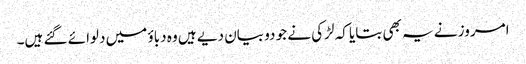
امروز نے یہ بھی بتایا کہ لڑکی نے جو دو بیان دیے ہیں وہ دباؤ میں دلوائے گئے ہیں۔